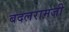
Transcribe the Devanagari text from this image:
बदलरामजी